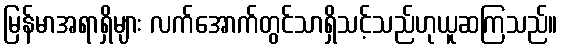
မြန်မာအရာရှိများ လက်အောက်တွင်သာရှိသင့်သည်ဟုယူဆကြသည်။